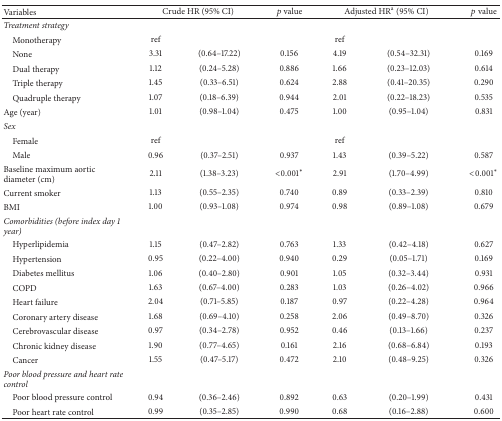
<table><thead><tr><td><b>Variables</b></td><td colspan="2"><b>Crude HR (95% CI)</b></td><td><b><i>p</i> value</b></td><td colspan="2"><b>Adjusted HR<sup>a</sup> (95% CI)</b></td><td><b><i>p</i> value</b></td></tr></thead><tbody><tr><td><i>Treatment strategy</i></td><td> </td><td> </td><td> </td><td> </td><td> </td><td> </td></tr><tr><td> Monotherapy</td><td>ref</td><td> </td><td> </td><td>ref</td><td> </td><td> </td></tr><tr><td> None</td><td>3.31 </td><td>(0.64–17.22)</td><td>0.156 </td><td>4.19 </td><td>(0.54–32.31)</td><td>0.169 </td></tr><tr><td> Dual therapy</td><td>1.12 </td><td>(0.24–5.28)</td><td>0.886 </td><td>1.66 </td><td>(0.23–12.03)</td><td>0.614 </td></tr><tr><td> Triple therapy</td><td>1.45 </td><td>(0.33–6.51)</td><td>0.624 </td><td>2.88 </td><td>(0.41–20.35)</td><td>0.290 </td></tr><tr><td> Quadruple therapy</td><td>1.07 </td><td>(0.18–6.39)</td><td>0.944 </td><td>2.01 </td><td>(0.22–18.23)</td><td>0.535 </td></tr><tr><td>Age (year)</td><td>1.01 </td><td>(0.98–1.04)</td><td>0.475 </td><td>1.00 </td><td>(0.95–1.04)</td><td>0.831 </td></tr><tr><td><i>Sex</i></td><td> </td><td> </td><td> </td><td> </td><td> </td><td> </td></tr><tr><td> Female</td><td>ref</td><td> </td><td> </td><td>ref</td><td> </td><td> </td></tr><tr><td> Male</td><td>0.96 </td><td>(0.37–2.51)</td><td>0.937 </td><td>1.43 </td><td>(0.39–5.22)</td><td>0.587 </td></tr><tr><td>Baseline maximum aortic diameter (cm)</td><td>2.11 </td><td>(1.38–3.23)</td><td>&lt;0.001<sup><i>∗</i></sup></td><td>2.91 </td><td>(1.70–4.99)</td><td>&lt;0.001<sup><i>∗</i></sup></td></tr><tr><td>Current smoker</td><td>1.13 </td><td>(0.55–2.35)</td><td>0.740 </td><td>0.89 </td><td>(0.33–2.39)</td><td>0.810 </td></tr><tr><td>BMI</td><td>1.00 </td><td>(0.93–1.08)</td><td>0.974 </td><td>0.98 </td><td>(0.89–1.08)</td><td>0.679 </td></tr><tr><td><i>Comorbidities (before index day 1 year)</i></td><td> </td><td> </td><td> </td><td> </td><td> </td><td> </td></tr><tr><td> Hyperlipidemia</td><td>1.15 </td><td>(0.47–2.82)</td><td>0.763 </td><td>1.33 </td><td>(0.42–4.18)</td><td>0.627 </td></tr><tr><td> Hypertension</td><td>0.95 </td><td>(0.22–4.00)</td><td>0.940 </td><td>0.29 </td><td>(0.05–1.71)</td><td>0.169 </td></tr><tr><td> Diabetes mellitus</td><td>1.06 </td><td>(0.40–2.80)</td><td>0.901 </td><td>1.05 </td><td>(0.32–3.44)</td><td>0.931 </td></tr><tr><td> COPD</td><td>1.63 </td><td>(0.67–4.00)</td><td>0.283 </td><td>1.03 </td><td>(0.26–4.02)</td><td>0.966 </td></tr><tr><td> Heart failure</td><td>2.04 </td><td>(0.71–5.85)</td><td>0.187 </td><td>0.97 </td><td>(0.22–4.28)</td><td>0.964 </td></tr><tr><td> Coronary artery disease </td><td>1.68 </td><td>(0.69–4.10)</td><td>0.258 </td><td>2.06 </td><td>(0.49–8.70)</td><td>0.326 </td></tr><tr><td> Cerebrovascular disease</td><td>0.97 </td><td>(0.34–2.78)</td><td>0.952 </td><td>0.46 </td><td>(0.13–1.66)</td><td>0.237 </td></tr><tr><td> Chronic kidney disease</td><td>1.90 </td><td>(0.77–4.65)</td><td>0.161 </td><td>2.16 </td><td>(0.68–6.84)</td><td>0.193 </td></tr><tr><td> Cancer</td><td>1.55 </td><td>(0.47–5.17)</td><td>0.472 </td><td>2.10 </td><td>(0.48–9.25)</td><td>0.326 </td></tr><tr><td><i>Poor blood pressure and heart rate control</i></td><td> </td><td> </td><td> </td><td> </td><td> </td><td> </td></tr><tr><td> Poor blood pressure control</td><td>0.94 </td><td>(0.36–2.46)</td><td>0.892 </td><td>0.63 </td><td>(0.20–1.99)</td><td>0.431 </td></tr><tr><td> Poor heart rate control</td><td>0.99 </td><td>(0.35–2.85)</td><td>0.990 </td><td>0.68 </td><td>(0.16–2.88)</td><td>0.600 </td></tr></tbody></table>